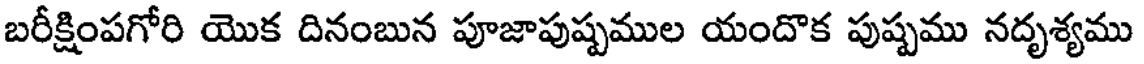
బరీక్షింపగోరి యొక దినంబున పూజాపుష్పముల యందొక పుష్పము నదృశ్యము